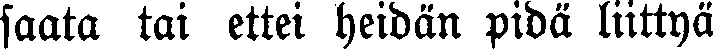
saata tai ettei heidän pidä liittyä